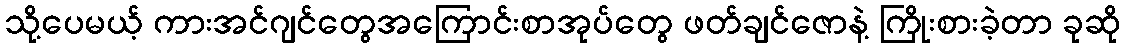
သို့ပေမယ့် ကားအင်ဂျင်တွေအကြောင်းစာအုပ်တွေ ဖတ်ချင်ဇောနဲ့ ကြိုးစားခဲ့တာ ခုဆို